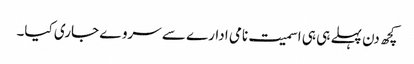
کچھ دن پہلے ہی ہی اسمیت نامی ادارے سے سروے جاری کیا۔